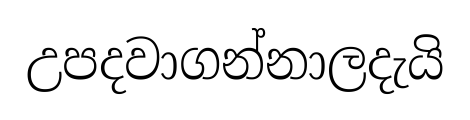
උපදවාගන්නාලදැයි